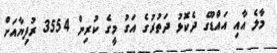
މާލެ އާއި އައްޑޫގެ ދެކޮޅު ދަތުރުގެ އަގު މީގެ ކުރިން 3554 ރުފިޔާއަށް